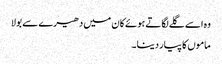
وہ اسے گلے لگاتے ہوئے کان میں دھیرے سے بولا
ماموں کا پیار دینا۔